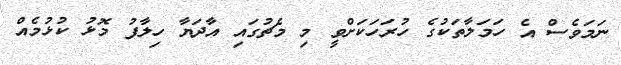
ނަމަވެސް އެ ހަމަލާތަކުގެ ހުރަހަކަަށްވީ މި މެޗުގައި އާދަޔާ ހިލާފު މޮޅު ކުޅުމެއް